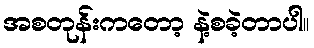
အစတုန်းကတော့ နဲ့စခဲ့တာပါ။